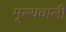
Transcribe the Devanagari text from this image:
मूल्यवाली